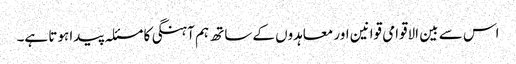
اس سے بین الاقوامی قوانین اور معاہدوں کے ساتھ ہم آہنگی کا مسئلہ پیدا ہوتا ہے۔